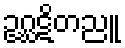
ဥဂ္ဃဋိတညူ